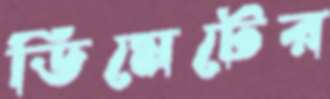
ডিমেটের